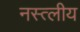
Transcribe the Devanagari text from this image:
नस्त्लीय